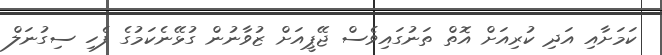
ކަމަށާއި އަދި ކުރިއަށް އޮތް ތަނުގައިވެސް ޖޭޕީއަށް ޒުވާނުން ގުޅޭނެކަމުގެ ފެހި ސިގުނަލް